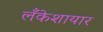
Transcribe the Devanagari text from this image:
लँकेशायार